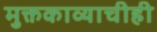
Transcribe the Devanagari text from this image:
मुक्तकाव्याचीही